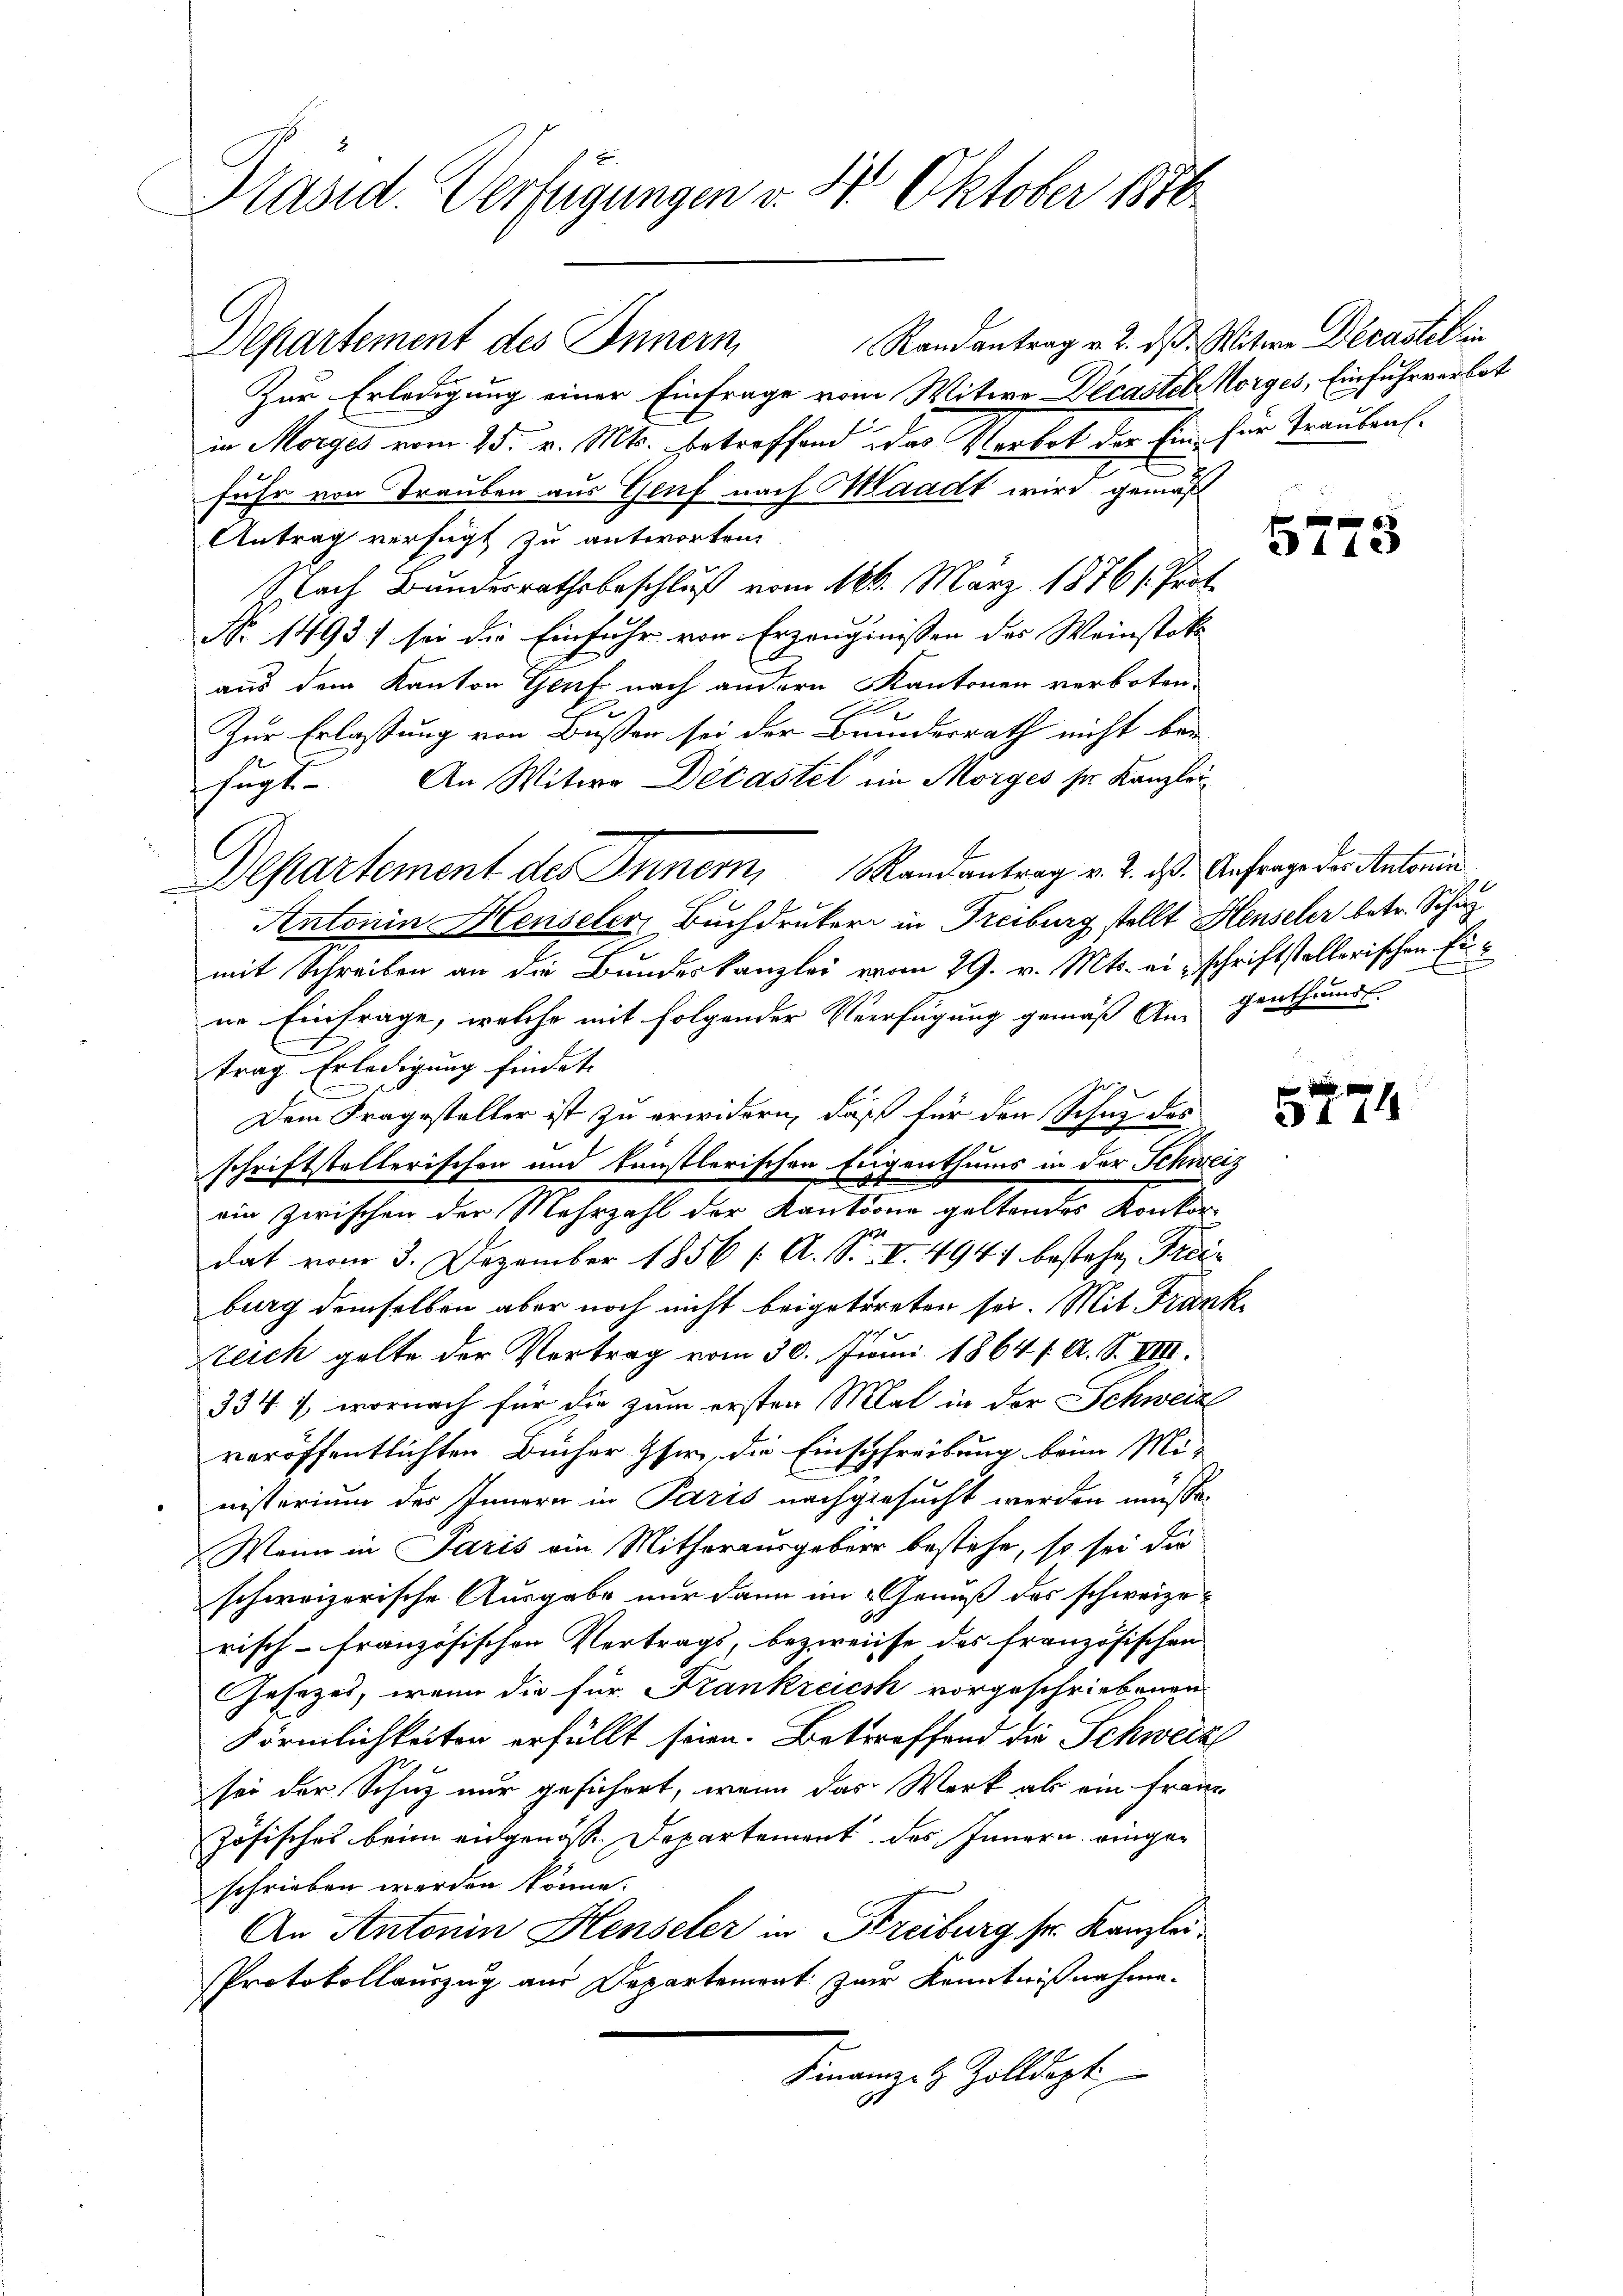
Präsid. Verfügungen v. 4. Oktober 1876

Randantrag v. 2. ds. Witwe Decastet in
Zur Erledigung einer Einfrage vom Witwe Decastet Horges, Einfuhrverbot
in Morges vom 25. v. Mts. betreffend das Verbot der Ein für Traubens-
fuhr von Trauben aus Genf nach Waadt wird gemäß
Antrag verfügt zu antworten.
Nach Bundesrathsbeschluß vom 104. März 18761. Prot.
Nr. 1493) sei die Einfuhr von Erzeugnissen des Weinstatt
aus dem Kanton Genf nach andern Kantonen verboten.
Zur Erlassung von Bußer sei der Brundesrath nicht bei
fugt. An Witwe Décastel im Morges sr. Kanzlei
Departement des Innern, Randantrag v. 2. ds. Anfrage der Antonin
Antonin Henseler, Buchdruker in Freiburg stellt Henseler betr. Schu
mit Schreiben an die Bundeskanzlei vom 29. v. Mts. einschriftstellerischen Eine Einfrage, welche mit folgender Verfügung gemäß Angenthums-
trag Erledigung findet. |
n
Dem Fragesteller ist zu erwidern, daß für den Schug des
schriftstellerischen und künstlerischen Eigenthums in der Schweiz
ein zwischen der Mehrzahl der Kantone geltendes Konkordat vom 3. Dezember 1856 /: A. S. II 4941 bestehen Freiburg demselben aber noch nicht beigetreten sei. Mit Frank
szeich gelte der Vertrag vom 30. Juni 1864 f. A. S. VIII.
3347, wornach für die zum ersten Mal in der Schweize
veröffentlichten Bücher Iser, die Einschreibung beim Mi-
nisterium des Innern in Paris nachgesucht werden müsse,
Wenn in Paris ein Mithorausgebier bestehe, so sei die
schweizerische Ausgabe nur dann im Genuß des schweize-
risch-französischen Vertrags, bezweise des französischen
Gesezes, wenn die für Krankreich vorgeschriebenen
Förmlichkeiten erfüllt seien. Betreffend die Schweiz
sei der Schuz nur gesichert, wenn das Werk als ein Franz
zösisches beim eidgenösse Departement des Innern eingeschrieben werden könne.
An Antonin Henseler in Streiburg sr. Kanzlei¬
Protokollauszug aus Departement zur Kenntnißnahme.
Finanze & Zolldepti

Departement des Innern

5773

5274